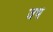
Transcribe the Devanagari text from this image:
जभ